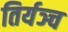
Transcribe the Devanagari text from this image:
तिर्यञ्च